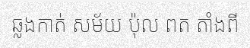
ឆ្លងកាត់ សម័យ ប៉ុល ពត តាំងពី